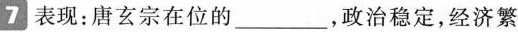
表现：唐玄宗在位的___，政治稳定，经济繁